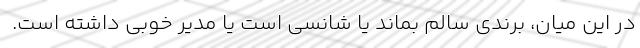
در این میان، برندی سالم بماند یا شانسی است یا مدیر خوبی داشته است.